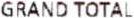
GRAND TOTAL